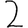
Digit: 2